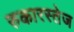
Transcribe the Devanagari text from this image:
रुकारस्तेज